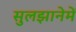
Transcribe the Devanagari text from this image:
सुलझानेमें